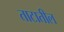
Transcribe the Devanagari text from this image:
ताटातील